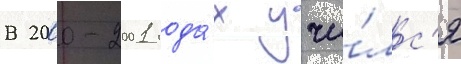
В 2000-2001 года́х учи́лс'я